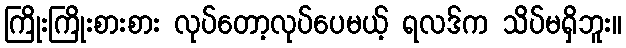
ကြိုးကြိုးစားစား လုပ်တော့လုပ်ပေမယ့် ရလဒ်က သိပ်မရှိဘူး။